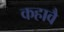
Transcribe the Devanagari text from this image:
कहावै